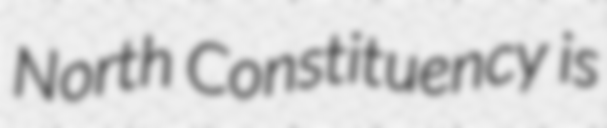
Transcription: North Constituency is